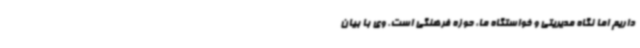
داریم اما نگاه مدیریتی و خواستگاه ما، حوزه فرهنگی است. وی با بیان